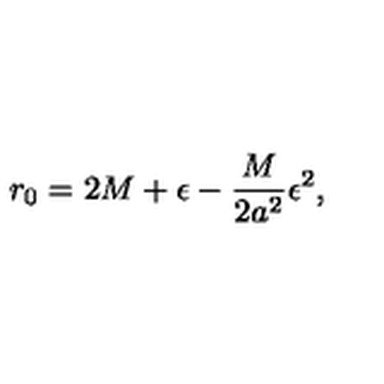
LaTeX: r _ { 0 } = 2 M + \epsilon - \frac { M } { 2 a ^ { 2 } } \epsilon ^ { 2 } ,